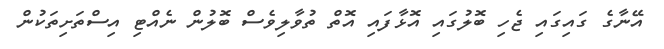
އޭނާގެ ގައިގައި ޖެހި ބޮލުގައި އޮޅާފައި އޮތް ތުވާލިވެސް ބޮލުން ނެއްޓި އިސްތަށިތަކުން